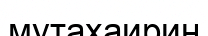
мутахаирин